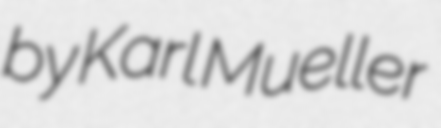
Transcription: by Karl Mueller